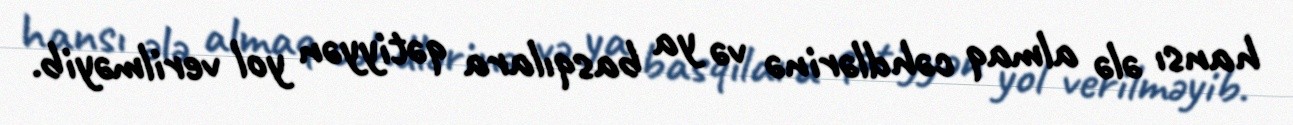
hansı ələ almaq cəhdlərinə və ya basqılara qətiyyən yol verilməyib.